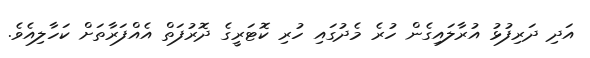
އަދި ދަރިފުޅު އުރާލައިގެން ހުރެ މެދުގައި ހުރި ކޮޓަރީގެ ދޮރުފަތް އެއްފަރާތަށް ކަހާލިއެވެ.